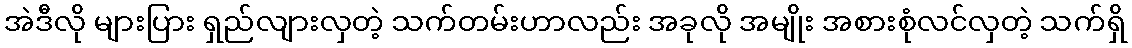
အဲဒီလို များပြား ရှည်လျားလှတဲ့ သက်တမ်းဟာလည်း အခုလို အမျိုး အစားစုံလင်လှတဲ့ သက်ရှိ